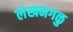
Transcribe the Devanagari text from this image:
लेखनगळु